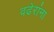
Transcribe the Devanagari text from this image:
वढेरांना